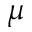
\mu